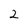
Character: 2